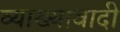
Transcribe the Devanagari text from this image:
व्याख्यावादी